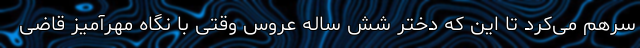
سرهم می‌کرد تا این که دختر شش ساله عروس وقتی با نگاه مهرآمیز قاضی